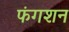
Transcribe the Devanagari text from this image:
फंगशन